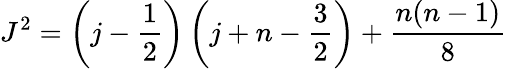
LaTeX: J^{2}=\left(j-\frac{1}{2}\right)\left(j+n-\frac{3}{2}\right)+\frac{n(n-1)}{8}